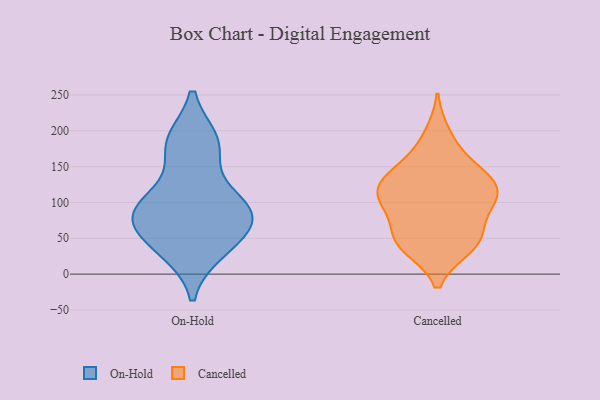
{"axis": {"x": "Inventory Turnover", "y": "Value"}, "legend": ["Cancelled", "On-Hold"], "data": [{"x": "", "y": 185, "type": "On-Hold"}, {"x": "", "y": 107, "type": "On-Hold"}, {"x": "", "y": 176, "type": "On-Hold"}, {"x": "", "y": 36, "type": "On-Hold"}, {"x": "", "y": 33, "type": "On-Hold"}, {"x": "", "y": 76, "type": "On-Hold"}, {"x": "", "y": 89, "type": "On-Hold"}, {"x": "", "y": 184, "type": "On-Hold"}, {"x": "", "y": 98, "type": "On-Hold"}, {"x": "", "y": 81, "type": "On-Hold"}, {"x": "", "y": 55, "type": "On-Hold"}, {"x": "", "y": 81, "type": "On-Hold"}, {"x": "", "y": 99, "type": "Cancelled"}, {"x": "", "y": 133, "type": "Cancelled"}, {"x": "", "y": 62, "type": "Cancelled"}, {"x": "", "y": 104, "type": "Cancelled"}, {"x": "", "y": 171, "type": "Cancelled"}, {"x": "", "y": 119, "type": "Cancelled"}, {"x": "", "y": 47, "type": "Cancelled"}, {"x": "", "y": 196, "type": "Cancelled"}, {"x": "", "y": 96, "type": "Cancelled"}, {"x": "", "y": 38, "type": "Cancelled"}, {"x": "", "y": 135, "type": "Cancelled"}, {"x": "", "y": 104, "type": "Cancelled"}, {"x": "", "y": 40, "type": "Cancelled"}, {"x": "", "y": 145, "type": "Cancelled"}, {"x": "", "y": 60, "type": "Cancelled"}, {"x": "", "y": 112, "type": "Cancelled"}, {"x": "", "y": 133, "type": "Cancelled"}, {"x": "", "y": 37, "type": "Cancelled"}]}